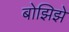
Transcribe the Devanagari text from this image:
बोझिझे